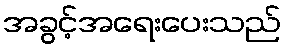
အခွင့်အရေးပေးသည်